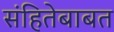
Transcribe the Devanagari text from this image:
संहितेबाबत